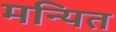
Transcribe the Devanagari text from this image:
मन्यित